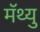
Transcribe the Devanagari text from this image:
मॅथ्यु